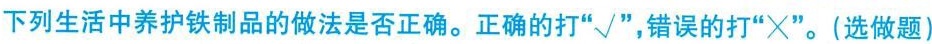
下列生活中养护铁制品的做法是否正确。正确的打”√”，错误的打”×”。(选做题)